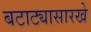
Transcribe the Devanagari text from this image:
बटाट्यासारखे